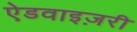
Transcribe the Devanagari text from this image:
ऐडवाइज़री